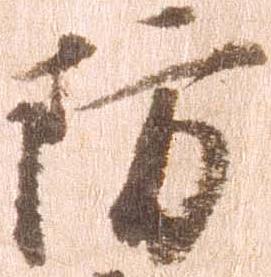
防